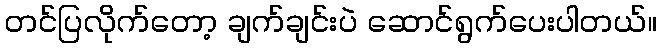
တင်ပြလိုက်တော့ ချက်ချင်းပဲ ဆောင်ရွက်ပေးပါတယ်။